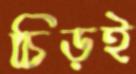
চিড়ই